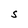
Character: S